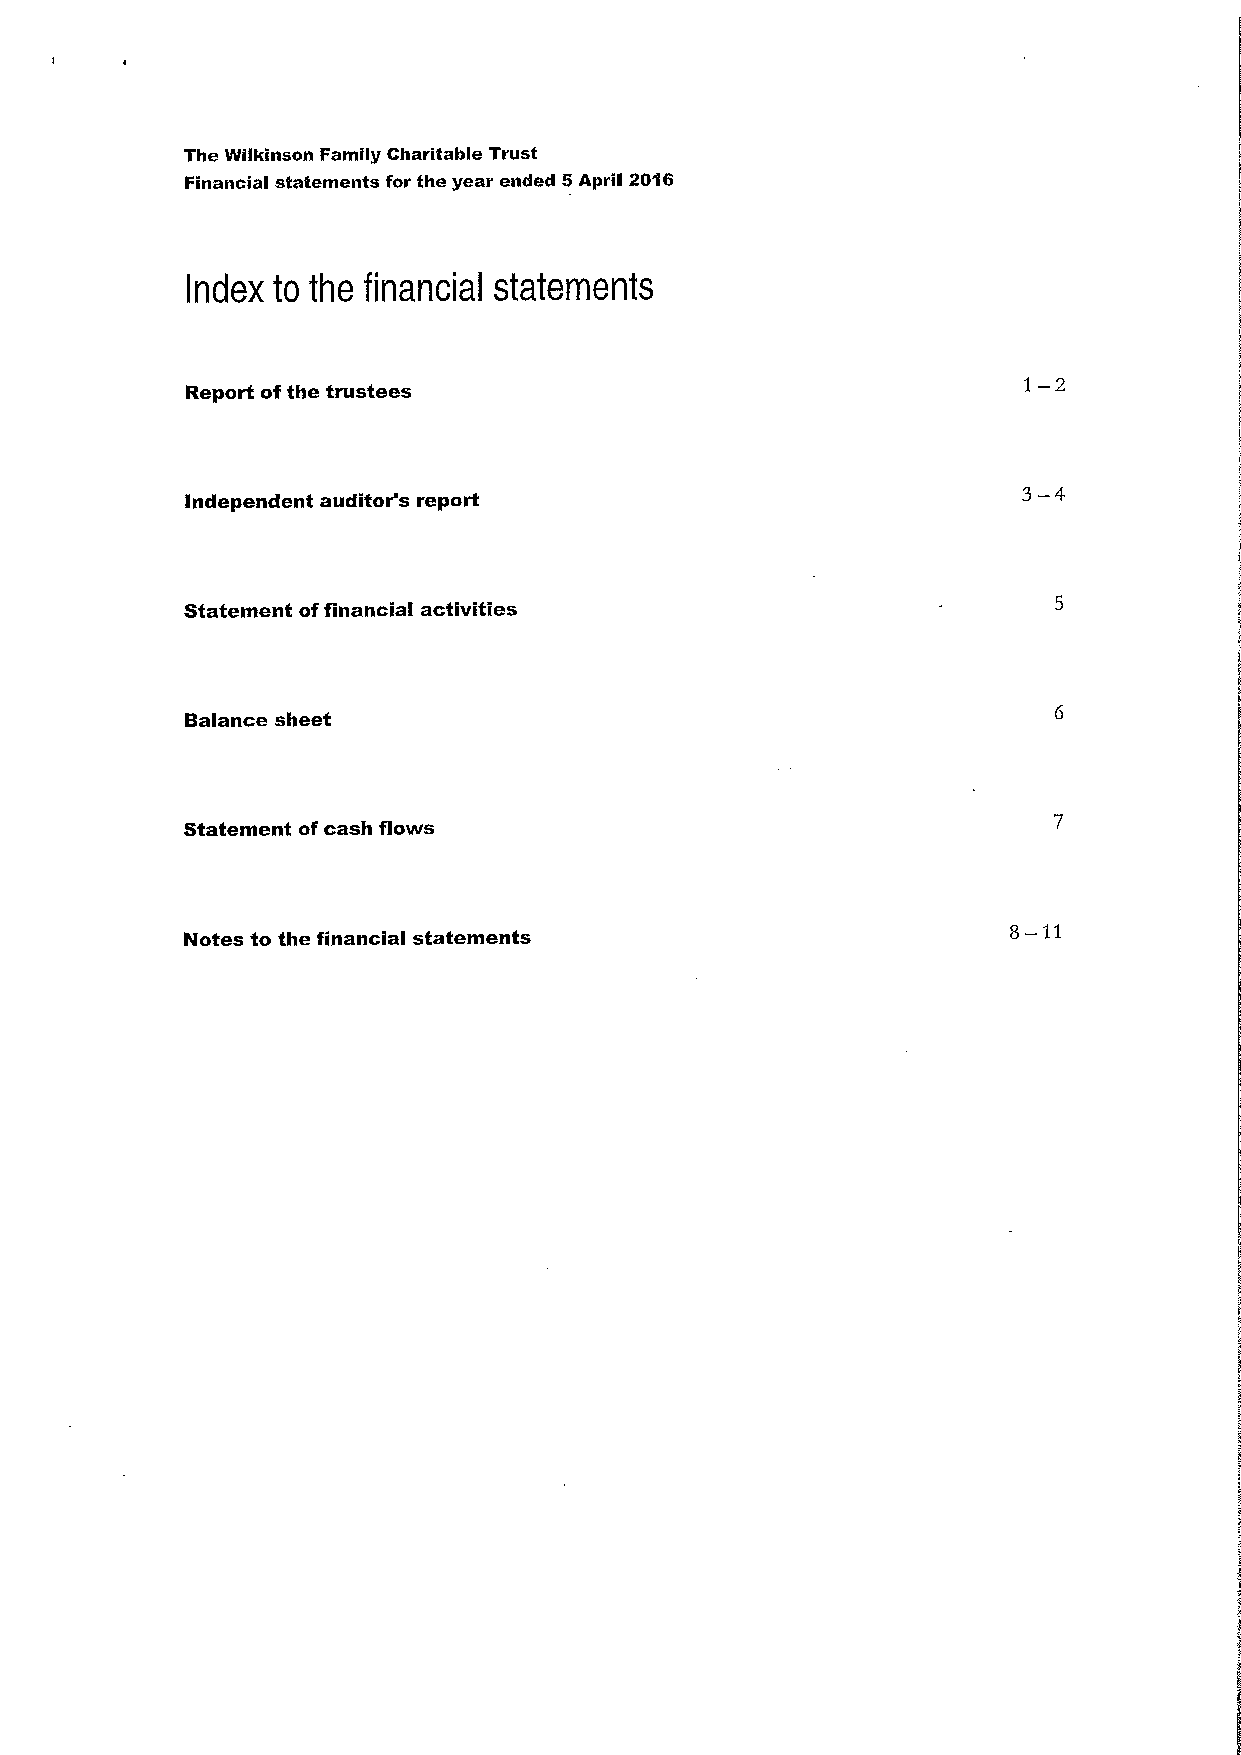
The Wilkinson Family Charitable Trust
 Financial statements for the year ended 5April 2016
 Index to the financial statements
 Report ofthe trustees
 1—2
 Independent auditor's report
 3—4
 Statement offinancia activities
 Balance sheet
 Statement ofcash flows
 Notes to the financial statements
 8—11